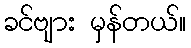
ခင်ဗျား မှန်တယ်။